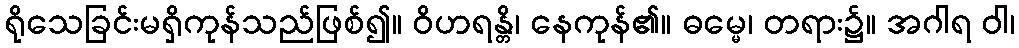
ရိုသေခြင်းမရှိကုန်သည်ဖြစ်၍။ ဝိဟရန္တိ၊ နေကုန်၏။ ဓမ္မေ၊ တရား၌။ အဂါရ ဝါ၊